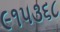
૯૧૫૩૬૮